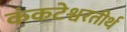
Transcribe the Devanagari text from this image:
कंकटेश्वरतीर्थ